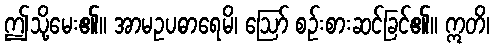
ဤသို့မေး၏။ အာမဥပဓာရေမိ၊ ဩော် စဉ်းစားဆင်ခြင်၏။ ဣတိ၊